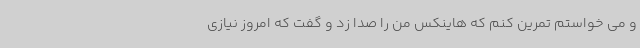
و می خواستم تمرین کنم که هاینکس من را صدا زد و گفت که امروز نیازی